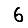
Digit: 6